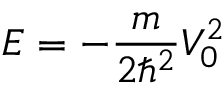
E = - \frac { m } { 2 \hbar ^ { 2 } } V _ { 0 } ^ { 2 }